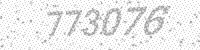
Solution: 773076